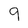
Character: 9